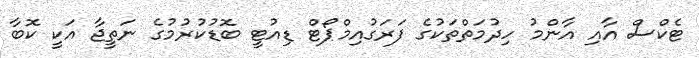
ޓެކްސް އާއި އާންމު ހިދުމަތްތަކުގެ ފަރަގުއިމްޕޯޓް ޑިއުޓީ ބޮޑުކުރުމުގެ ނަތީޖާ އަކީ ކޮބާ